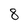
Character: 8